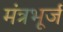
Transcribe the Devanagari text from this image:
मंत्रभूर्ज